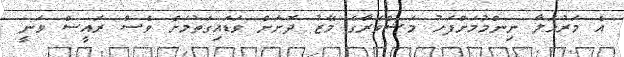
އެ މަރުހަލާ ނިންމުމަށްފަހު މަޝްވަރާގެ މޭޒު ދޮށަށް ވަޑައިގަތުމަށް ވެސް ރައީސް ވަނީ